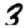
Digit: 3